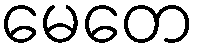
မေတေ